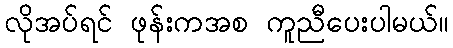
လိုအပ်ရင် ဖုန်းကအစ ကူညီပေးပါမယ်။